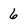
Character: 6